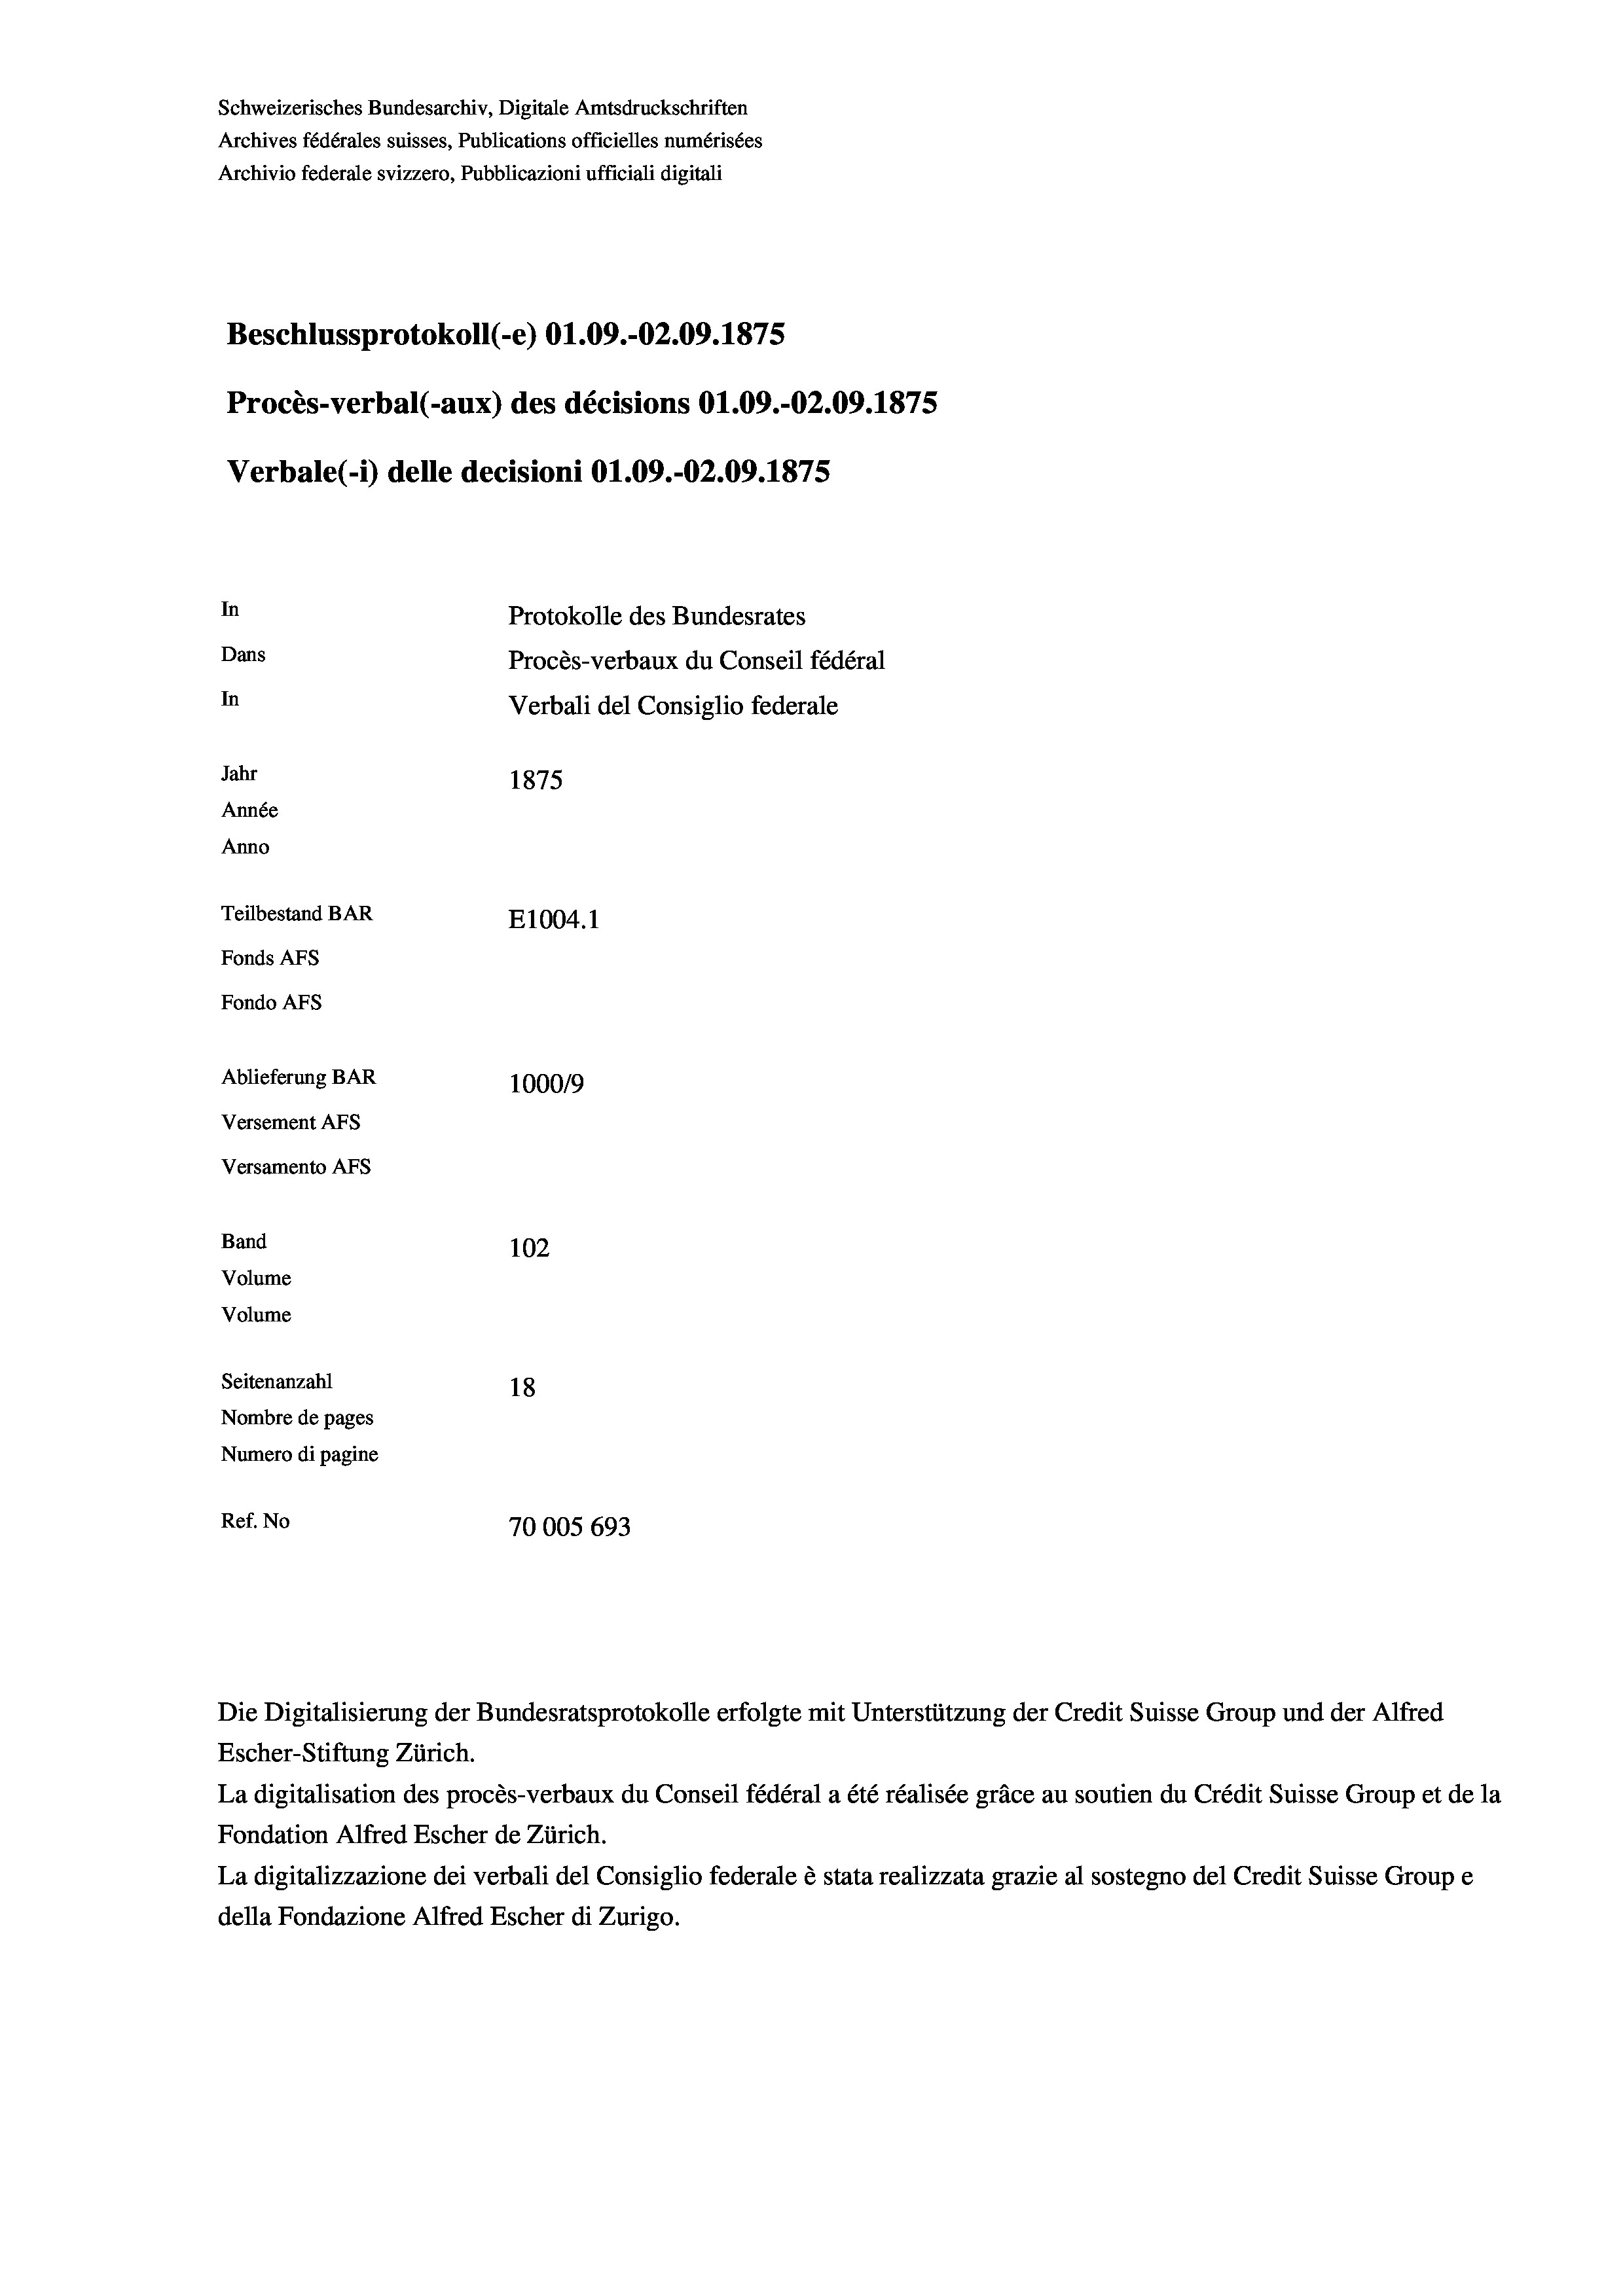
Schweizerisches Bundesarchiv, Digitale Amtsdruckschriften
Archives fédérales suisses, Publications officielles numérisées
Archivio federale svizzero, Pubblicazioni ufficiali digitali
Beschlussprotokoll (-e) O1.09.-02.09. 1875
Procès-verbal (-aux) des décisions 01.09.-02.09. 1875
Verbale(-*) delle decisioni O1.09.-O2.09. 1875
In
Protokolle des Bundesrates
Dans
Procès-verbaux du Conseil fédéral
In
Verbali del Consiglio federale
Jahr
1875
Année
Anno
Teilbestand BAR
E1004. 1
Fonds AFs
Fondo AFS
Ablieferung BAR
100019
Versement AFs
Versamento Afs
Band
102
Volume
Volume

Seitenanzahl
18
Nombre de pages
Numero di pagine
Ref. No
70005 693

Die Digitalisierung der Bundesratsprotokolle erfolgte mit Unterstützung der Credit Suisse Group und der Alfred
Escher-Stiftung Zürich.
La digitalisation des procès-verbaux du Conseil fédéral a été réalisée gräce au soutien du Crédit Suisse Group et de la
Fondation Alfred Escher de Zürich.
La digitalizzazione dei verbali del Consiglio federale è stata realizzata grazie al sostegno del Credit Suisse Groupe
della Fondazione Alfred Escher di Zurigo.